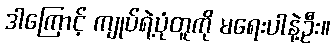
ဒါကြောင့် ကျုပ်ရဲ့ပုံတူကို မရေးပါနဲ့ဦး။